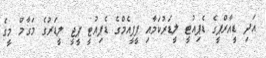
އަދި ޑީއާރްޕީގެ ޑެޕިއުޓީ ލީޑަރުކަމާއި ޕީޕީއެމްގެ ޑެޕިއުޓީ ޕީޖީ ލީޑަރުގެ މަގާމް މީގެ